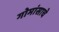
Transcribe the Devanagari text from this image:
गोमांसाचे